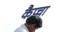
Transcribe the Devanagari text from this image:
कैप्चा